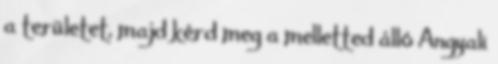
a területet, majd kérd meg a melletted álló Angyali